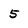
Character: 5